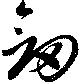
剣